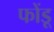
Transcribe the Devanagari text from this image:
फोंडू